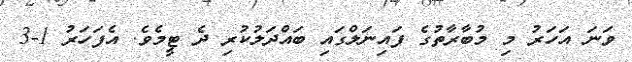
ވަނަ އަހަރު މި މުބާރާތުގެ ފައިނަލްގައި ބައްދަލުކުރި ދެ ޓީމެވެ. އެފަހަރު 1-3